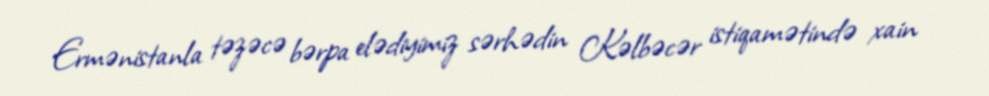
Ermənistanla təzəcə bərpa elədiyimiz sərhədin Kəlbəcər istiqamətində xain